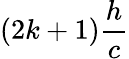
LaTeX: (2k+1)\frac{h}{c}